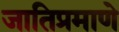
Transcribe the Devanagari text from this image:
जातिप्रमाणे